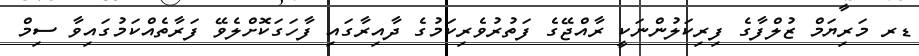
ޑރ މަރިޔަމް ޒުލްފާގެ ފިރިކަލުންނަކީ ރާއްޖޭގެ ފަތުރުވެރިކަމުގެ ދާއިރާގައި ފާހަގަކޮށްލެވޭ ފަރާތެއްކަމުގައިވާ ސިމް